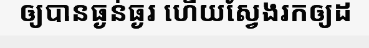
ឲ្យបានធ្ងន់ធ្ងរ ហើយស្វែងរកឲ្យដ